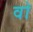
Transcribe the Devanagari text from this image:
वाॅ